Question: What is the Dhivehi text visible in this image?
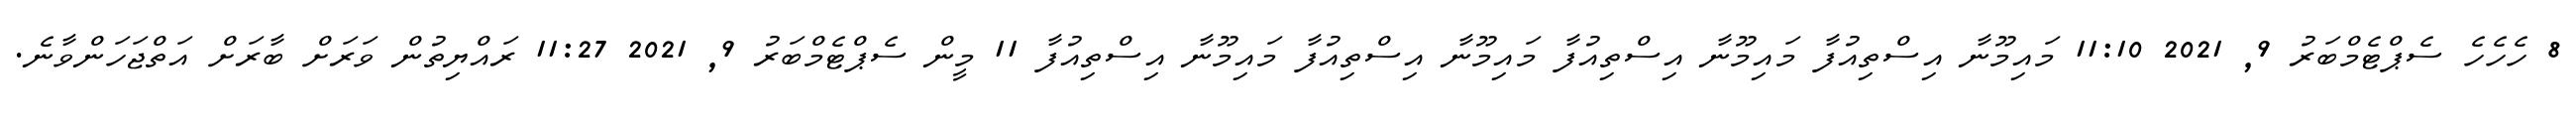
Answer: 8 ހެހެހެ ސެޕްޓެމްބަރު 9, 2021 11:10 މައިމޫނާ އިސްތިއުފާ މައިމޫނާ އިސްތިއުފާ މައިމޫނާ އިސްތިއުފާ މައިމޫނާ އިސްތިއުފާ 11 މީން ސެޕްޓެމްބަރު 9, 2021 11:27 ރައްޔިތުން ވަރަށް ބާރަށް އަތްޖަހަންވާނެ.